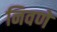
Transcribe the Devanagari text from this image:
निवणे